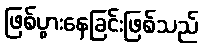
ဖြစ်ပွားနေခြင်းဖြစ်သည်